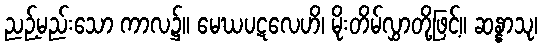
ညဉ့်မည်းသော ကာလ၌။ မေဃပဋလေဟိ၊ မိုးတိမ်လွှာတို့ဖြင့်။ ဆန္နာသု၊